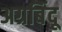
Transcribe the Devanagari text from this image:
अग्रबिंदू